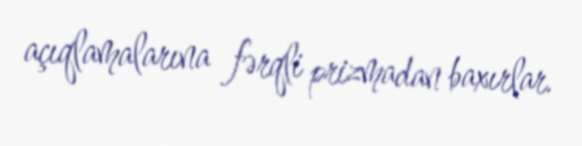
açıqlamalarına fərqli prizmadan baxırlar.